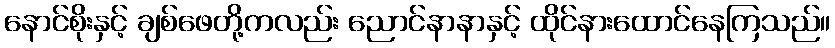
နောင်စိုးနှင့် ချစ်ဖေတို့ကလည်း ညောင်နာနာနှင့် ထိုင်နားထောင်နေကြသည်။